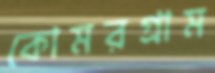
কোমরগ্রাম